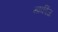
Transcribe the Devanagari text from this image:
मार्कीज